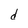
Character: d